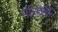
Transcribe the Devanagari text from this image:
मन्दिरी